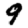
Digit: 9